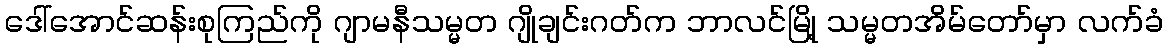
ဒေါ်အောင်ဆန်းစုကြည်ကို ဂျာမနီသမ္မတ ဂျိုချင်းဂတ်က ဘာလင်မြို့ သမ္မတအိမ်တော်မှာ လက်ခံ